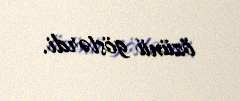
özünü göstərdi.